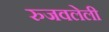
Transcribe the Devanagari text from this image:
रुजवलेली